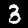
Label: 3